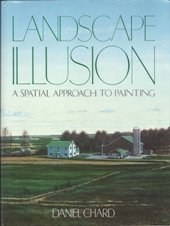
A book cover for Landscape Illusion; Daniel Chard; Arts & Photography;